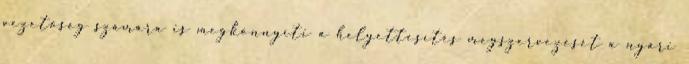
vezetőség számára is megkönnyíti a helyettesítés megszervezését a nyári